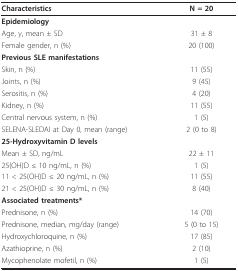
<table><thead><tr><td><b>Characteristics</b></td><td><b>N = 20</b></td></tr></thead><tbody><tr><td><b>Epidemiology</b></td><td></td></tr><tr><td>Age, y, mean ± SD</td><td>31 ± 8</td></tr><tr><td>Female gender, n (%)</td><td>20 (100)</td></tr><tr><td><b>Previous SLE manifestations</b></td><td></td></tr><tr><td>Skin, n (%)</td><td>11 (55)</td></tr><tr><td>Joints, n (%)</td><td>9 (45)</td></tr><tr><td>Serositis, n (%)</td><td>4 (20)</td></tr><tr><td>Kidney, n (%)</td><td>11 (55)</td></tr><tr><td>Central nervous system, n (%)</td><td>1 (5)</td></tr><tr><td>SELENA-SLEDAI at Day 0, mean (range)</td><td>2 (0 to 8)</td></tr><tr><td><b>25-Hydroxyvitamin D levels</b></td><td></td></tr><tr><td>Mean ± SD, ng/mL</td><td>22 ± 11</td></tr><tr><td>25(OH)D ≤ 10 ng/mL, n (%)</td><td>1 (5)</td></tr><tr><td>11 &lt; 25(OH)D ≤ 20 ng/mL, n (%)</td><td>11 (55)</td></tr><tr><td>21 &lt; 25(OH)D ≤ 30 ng/mL, n (%)</td><td>8 (40)</td></tr><tr><td><b>Associated treatments*</b></td><td></td></tr><tr><td>Prednisone, n (%)</td><td>14 (70)</td></tr><tr><td>Prednisone, median, mg/day (range)</td><td>5 (0 to 15)</td></tr><tr><td>Hydroxychloroquine, n (%)</td><td>17 (85)</td></tr><tr><td>Azathioprine, n (%)</td><td>2 (10)</td></tr><tr><td>Mycophenolate mofetil, n (%)</td><td>1 (5)</td></tr></tbody></table>